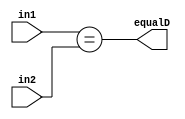
module equality #(
    parameter WIDTH  = 32  //DATA_WIDTH  
) ( 
    input     wire  [WIDTH-1:0]            in1, in2,
    output    wire                         equalD
);

assign equalD   =   (in1 == in2);

endmodule